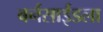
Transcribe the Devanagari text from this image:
बर्नसाईडला